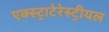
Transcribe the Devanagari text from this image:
एक्स्ट्राटेरेस्ट्रीयल